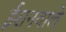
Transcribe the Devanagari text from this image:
ईरानवाले